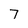
Character: 7